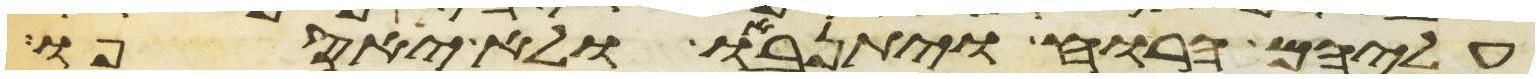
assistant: עליהם הרוח ויתנאבו ולא יאספו